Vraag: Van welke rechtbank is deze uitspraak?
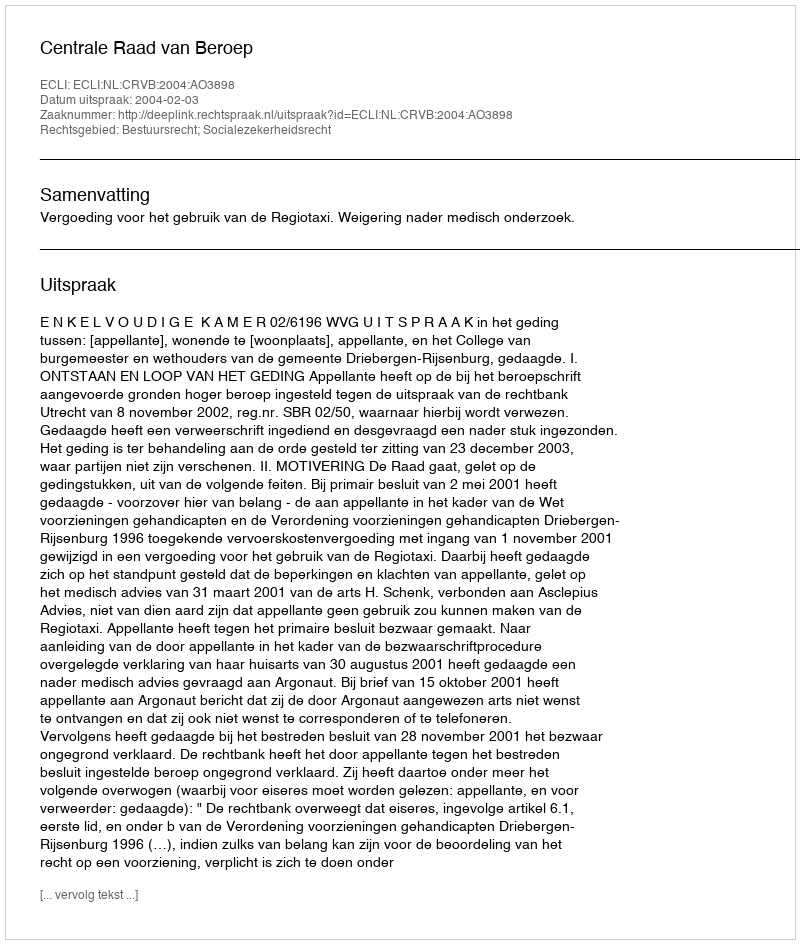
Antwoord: Centrale Raad van Beroep